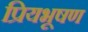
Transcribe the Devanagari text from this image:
प्रियभूषण